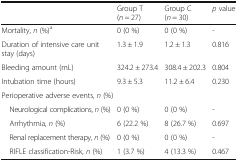
|  | Group T(n = 27) | Group C(n = 30) | p value |
 | --- | --- | --- | --- |
 | Mortality, n (%)a | 0 (0 %) | 0 (0 %) | - |
 | Duration of intensive care unit stay (days) | 1.3 ± 1.9 | 1.2 ± 1.3 | 0.816 |
 | Bleeding amount (mL) | 324.2 ± 273.4 | 308.4 ± 202.3 | 0.804 |
 | Intubation time (hours) | 9.3 ± 5.3 | 11.2 ± 6.4 | 0.230 |
 | <COLSPAN=4> Perioperative adverse events, n (%) |
 | Neurological complications, n (%) | 0 (0 %) | 0 (0 %) | - |
 | Arrhythmia, n (%) | 6 (22.2 %) | 8 (26.7 %) | 0.697 |
 | Renal replacement therapy, n (%) | 0 (0 %) | 0 (0 %) | - |
 | RIFLE classification-Risk, n (%) | 1 (3.7 %) | 4 (13.3 %) | 0.467 |